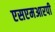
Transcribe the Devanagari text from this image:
एसएमआरपी